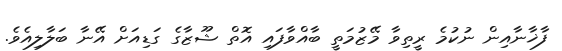
ފާޚާނާއިން ނުކުމެ ރީތިވާ މޭޒުމަތީ ބާއްވާފައި އޮތް ޝޫޒާގެ ގަޑިއަށް އޭނާ ބަލާލިއެވެ.